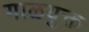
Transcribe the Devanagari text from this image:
गाळयुक्त